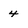
Character: 4